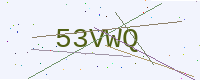
Text: 53VWQ